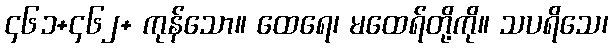
၄၆၁+၄၆၂+ ကုန်သော။ ထေရေ၊ မထေရ်တို့ကို။ သပရိသေ၊